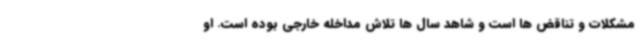
مشکلات و تناقض ها است و شاهد سال ها تلاش مداخله خارجی بوده است. او